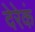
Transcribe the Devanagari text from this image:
देरेकं